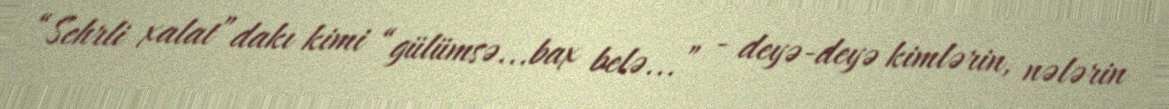
“Sehrli xalat”dakı kimi “gülümsə...bax belə...” - deyə-deyə kimlərin, nələrin